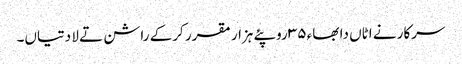
سرکار نے اٹاں دا بھاء ٣٥ روپئے ہزار مقرر کرکے راشن تے لا دتیاں۔